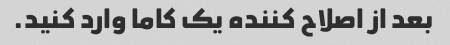
بعد از اصلاح کننده یک کاما وارد کنید.